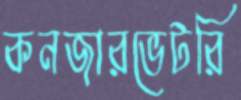
কনজারভেটরি